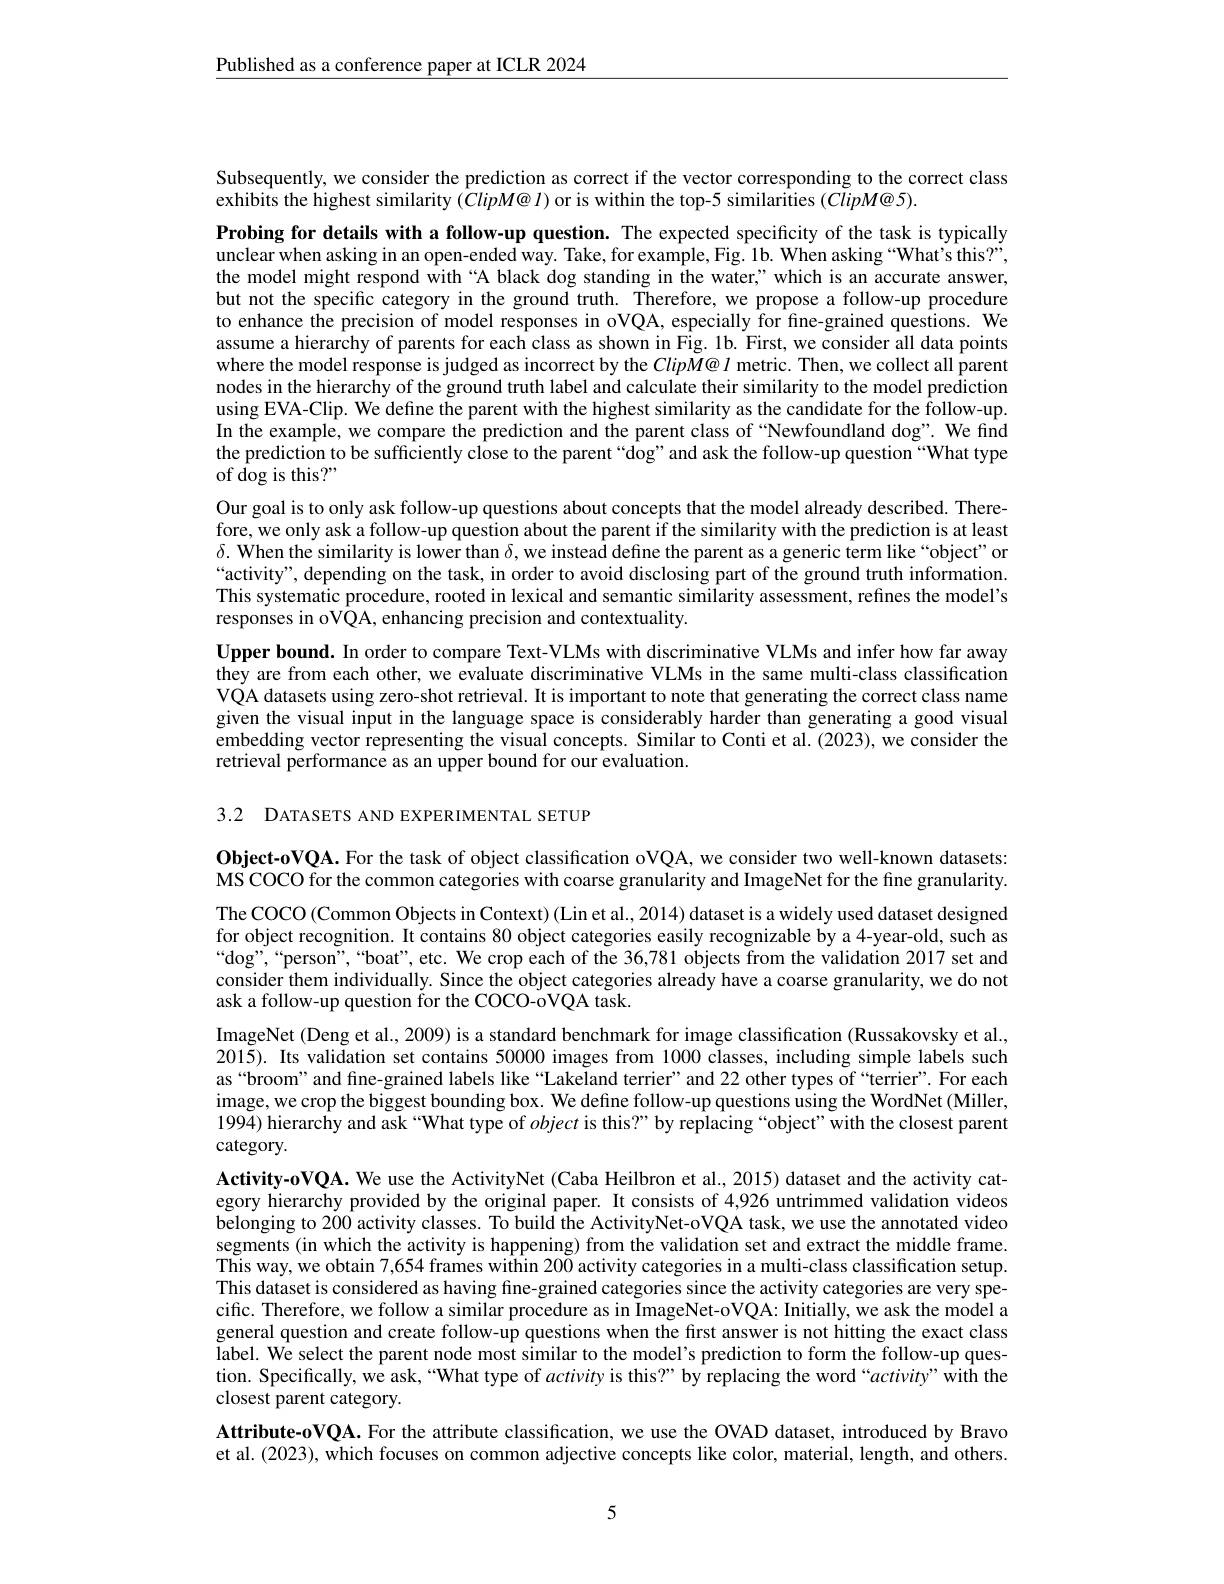
$\underline{\text{Published as a conference paper at ICLR 2024}}$

Subsequently, we consider the prediction as correct if the vector corresponding to the correct class
exhibits the highest similarity $(ClipM@l)$ or is within the top-5 similarities $(ClipM@5).$

Probing for details with a follow-up question. The expected specificity of the task is typically unclear when asking in an open-ended way. Take, for example, Fig. 1b. When asking “What's this?”, the model might respond with “A black dog standing in the water," which is an accurate answer, but not the specific category in the ground truth. Therefore, we propose a follow-up procedure to enhance the precision of model responses in oVQA, especially for fne-grained questions. We assume a hierarchy of parents for each class as shown in Fig. 1b. First, we consider all data points where the model response is judged as incorrect by the $Clip\tilde{M@}$ $l$ metric. Then, we collect all parent nodes in the hierarchy of the ground truth label and calculate their similarity to the model prediction using EVA- Clip. We define the parent with the highest similarity as the candidate for the follow- up. using EVA- Clip. We define the parent with the highest similarity as the candidate for the foliow- up. ar ar ar ar ar ar ar ar ar ar ar ar ar ar In the example, we compare the prediction and the parent class of "Newfoundland dog". We find the prediction to be sufficiently close to the parent “dog”and ask the follow-up question“What type of dog is this?"
Our goal is to only ask follow-up questions about concepts that the model already described. Therefore, we only ask a follow-up question about the parent if the similarity with the prediction is at least $\delta.$ When the similarity is lower than $\delta$, we instead define the parent as a generic term like “object”or “activity”, depending on the task, in order to avoid disclosing part of the ground truth information. This systematic procedure, rooted in lexical and semantic similarity assessment, refines the model's responses in oVQA, enhancing precision and contextuality.
Upper bound. In order to compare Text-VLMs with discriminative VLMs and infer how far away they are from each other, we evaluate discriminative VLMs in the same multi-class classification VQA datasets using zero-shot retrieval. It is important to note that generating the correct class name given the visual input in the language space is considerably harder than generating a good visual embedding vector representing the visual concepts. Similar to Conti et al. (2023), we consider the retrieval performance as an upper bound for our evaluation.

3.2 DATASETS AND EXPERIMENTAL SETUP

Object-oVQA. For the task of object classification oVQA, we consider two well-known datasets: MS COCO for the common categories with coarse granularity and ImageNet for the fine granularity. The COCO (Common Objects in Context) (Lin et al., 2014) dataset is a widely used dataset designed for object recognition. It contains 80 object categories easily recognizable by a 4-year-old, such as “dog”,“person”,“boat", etc. We crop each of the 36,781 objects from the validation 2017 set and consider them individually. Since the object categories already have a coarse granularity, we do not ask a follow-up question for the COCO-oVQA task.
ImageNet (Deng et al., 2009) is a standard benchmark for image classification (Russakovsky et al., 2015). Its validation set contains 50000 images from 1000 classes, including simple labels such as“broom”and fine-grained labels like“Lakeland terrier”and 22 other types of“terrier”.For each image, we crop the biggest bounding box. We define follow-up questions using the WordNet (Miller, 1994) hierarchy and ask “What type of object is this?” by replacing “object’with the closest parent category.
Activity-oVQA. We use the ActivityNet (Caba Heilbron et al., 2015) dataset and the activity category hierarchy provided by the original paper. It consists of 4,926 untrimmed validation videos belonging to 200 activity classes. To build the ActivityNet-oVQA task, we use the annotated video segments (in which the activity is happening) from the validation set and extract the middle frame This way, we obtain 7,654 frames within 200 activity categories in a multi-class classification setup. This dataset is considered as having fine-grained categories since the activity categories are very specific. Therefore, we follow a similar procedure as in ImageNet-oVQA: Initially, we ask the model a general question and create follow-up questions when the frst answer is not hitting the exact class $\tilde{\text{label. We select the parent node most similar to the model's prediction to form the follow-up ques-}}$ tion. Specifically, we ask,“What type of activity is this?” by replacing the word“activity”with the closest parent category.
Attribute-oVQA. For the attribute classification, we use the OVAD dataset, introduced by Bravo et al. (2023), which focuses on common adjective concepts like color, material, length, and others.

5